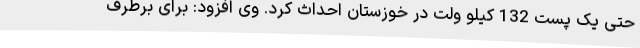
حتی یک پست 132 کیلو ولت در خوزستان احداث کرد. وی افزود: برای برطرف